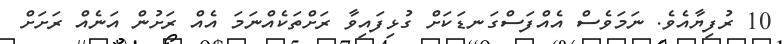
10 ރުފިޔާއެވެ. ނަަމަވެސް އެއްފަސްގަނޑަކަށް ގުޅިފައިވާ ރަށްތަކެއްނަމަ އެއް ރަށުން އަނެއް ރަށަށް